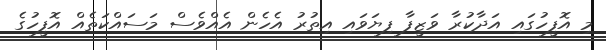
މި އޮފީހުގައި އަދާކުރާ ވަޒީފާ ފިޔަވައި އިތުރު އެހެން އެއްވެސް މަސައްކަތެއް އޮފީހުގެ